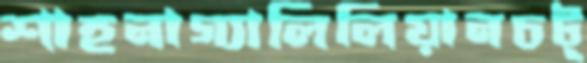
শাহনাগ্যালিলিয়ানচট্